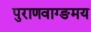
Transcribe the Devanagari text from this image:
पुराणवाग्ङमय